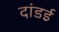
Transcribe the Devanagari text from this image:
दांडई